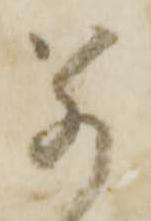
若